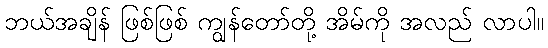
ဘယ်အချိန် ဖြစ်ဖြစ် ကျွန်တော်တို့ အိမ်ကို အလည် လာပါ။